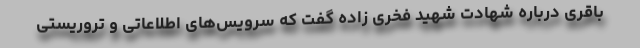
باقری درباره شهادت شهید فخری زاده گفت که سرویس‌های اطلاعاتی و تروریستی